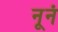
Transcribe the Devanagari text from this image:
नूनं